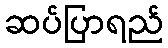
ဆပ်ပြာရည်